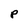
Character: P